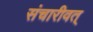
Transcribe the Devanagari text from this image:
संचारीवत्